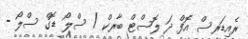
ރެއިޑަރސް އޮފް ދަ ލޮސްޓް ބާރކް / ސްލޯ ޑޮގް ސްލޯ -